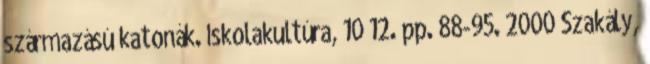
származású katonák. Iskolakultúra, 10 12. pp. 88-95. 2000 Szakály,